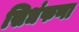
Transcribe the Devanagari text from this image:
सिधंफणा